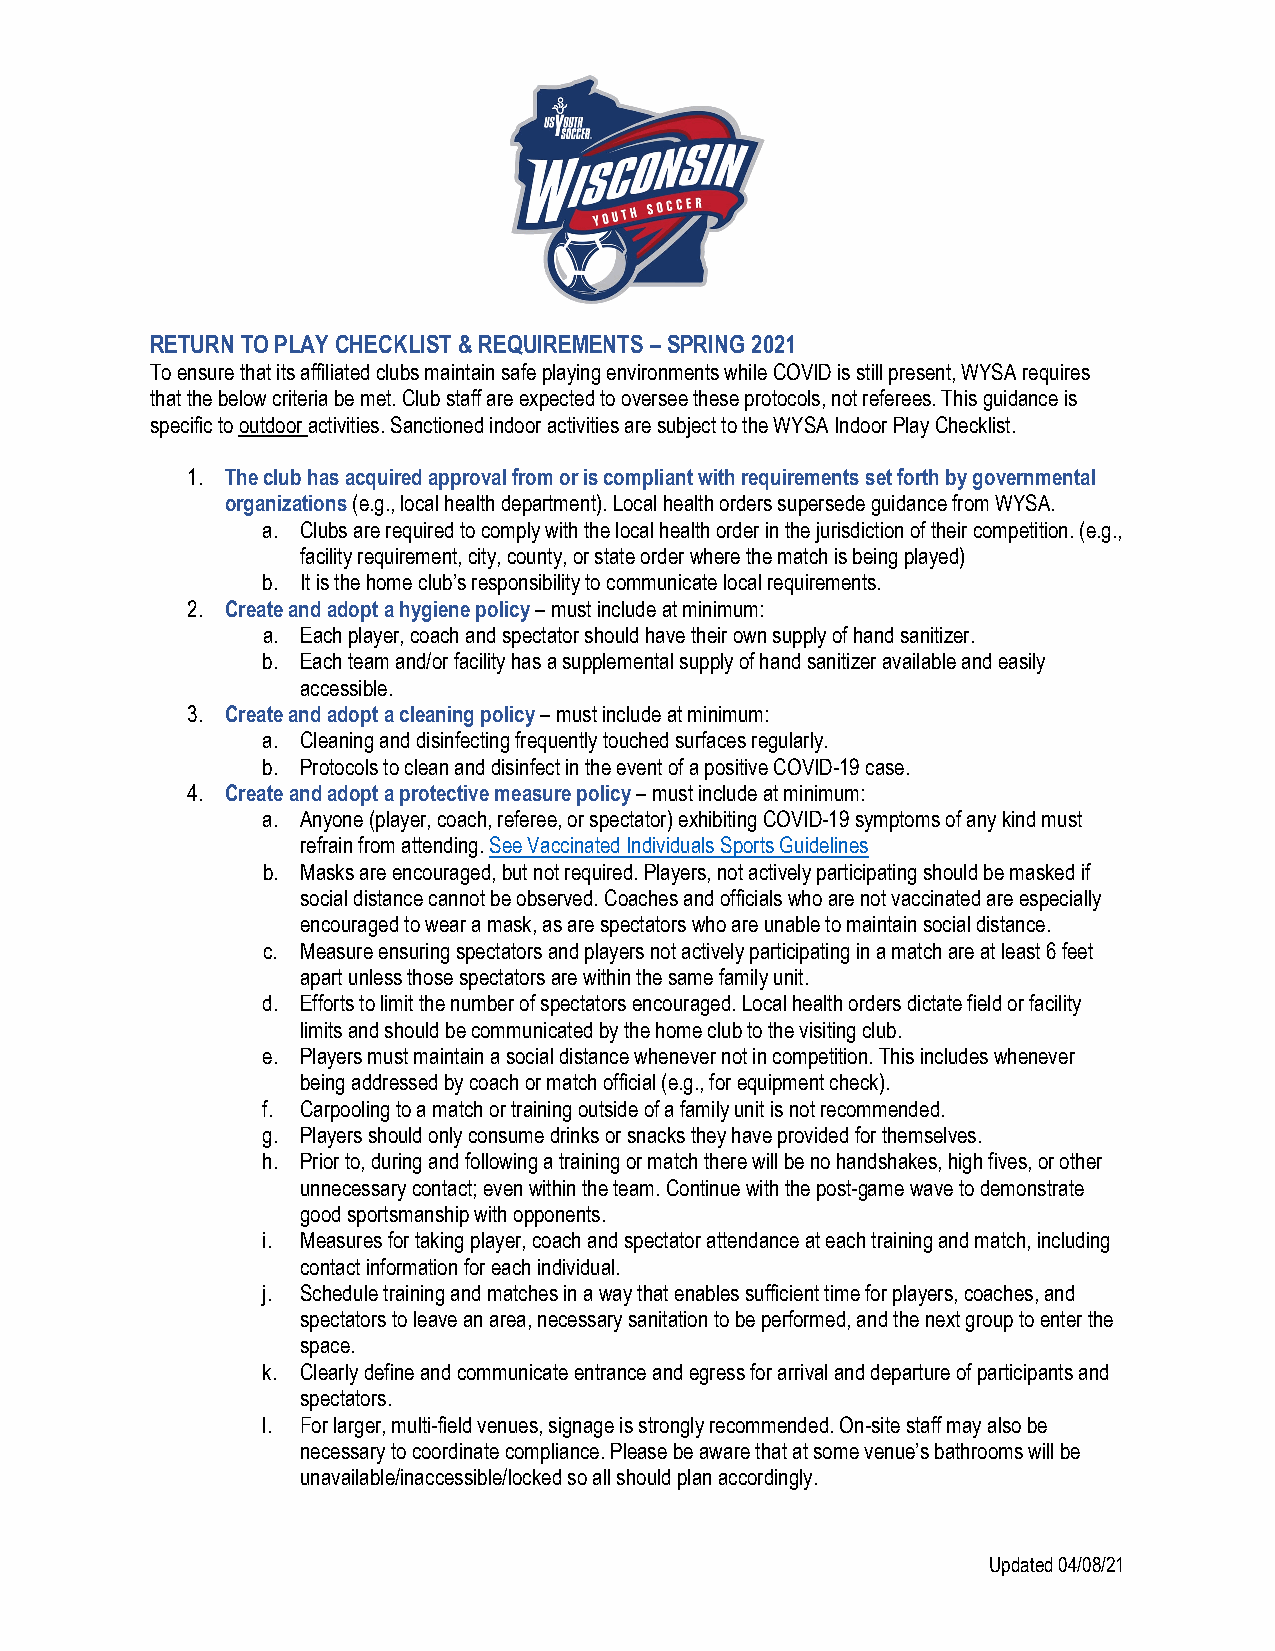
RETURN TO PLAY CHECKLIST & REQUIREMENTS – SPRING 2021
 To ensure that its affiliated clubs maintain safe playing environments while COVID is still present, WYSA requires
 that the below criteria be met. Club staff are expected to oversee these protocols, not referees. This guidance is
 specific to outdoor activities. Sanctioned indoor activities are subject to the WYSA Indoor Play Checklist.
 1. The club has acquired approval from or is compliant with requirements set forth by governmental
 organizations (e.g., local health department). Local health orders supersede guidance from WYSA.
 a. Clubs are required to comply with the local health order in the jurisdiction of their competition. (e.g.,
 facility requirement, city, county, or state order where the match is being played)
 b. It is the home club’s responsibility to communicate local requirements.
 2. Create and adopt a hygiene policy – must include at minimum:
 a. Each player, coach and spectator should have their own supply of hand sanitizer.
 b. Each team and/or facility has a supplemental supply of hand sanitizer available and easily
 accessible.
 3. Create and adopt a cleaning policy – must include at minimum:
 a. Cleaning and disinfecting frequently touched surfaces regularly.
 b. Protocols to clean and disinfect in the event of a positive COVID-19 case.
 4. Create and adopt a protective measure policy – must include at minimum:
 a. Anyone (player, coach, referee, or spectator) exhibiting COVID-19 symptoms of any kind must
 refrain from attending. See Vaccinated Individuals Sports Guidelines
 b. Masks are encouraged, but not required. Players, not actively participating should be masked if
 social distance cannot be observed. Coaches and officials who are not vaccinated are especially
 encouraged to wear a mask, as are spectators who are unable to maintain social distance.
 c. Measure ensuring spectators and players not actively participating in a match are at least 6 feet
 apart unless those spectators are within the same family unit.
 d. Efforts to limit the number of spectators encouraged. Local health orders dictate field or facility
 limits and should be communicated by the home club to the visiting club.
 e. Players must maintain a social distance whenever not in competition. This includes whenever
 being addressed by coach or match official (e.g., for equipment check).
 f. Carpooling to a match or training outside of a family unit is not recommended.
 g. Players should only consume drinks or snacks they have provided for themselves.
 h. Prior to, during and following a training or match there will be no handshakes, high fives, or other
 unnecessary contact; even within the team. Continue with the post-game wave to demonstrate
 good sportsmanship with opponents.
 i. Measures for taking player, coach and spectator attendance at each training and match, including
 contact information for each individual.
 j. Schedule training and matches in a way that enables sufficient time for players, coaches, and
 spectators to leave an area, necessary sanitation to be performed, and the next group to enter the
 space.
 k. Clearly define and communicate entrance and egress for arrival and departure of participants and
 spectators.
 l. For larger, multi-field venues, signage is strongly recommended. On-site staff may also be
 necessary to coordinate compliance. Please be aware that at some venue’s bathrooms will be
 unavailable/inaccessible/locked so all should plan accordingly.
 Updated 04/08/21